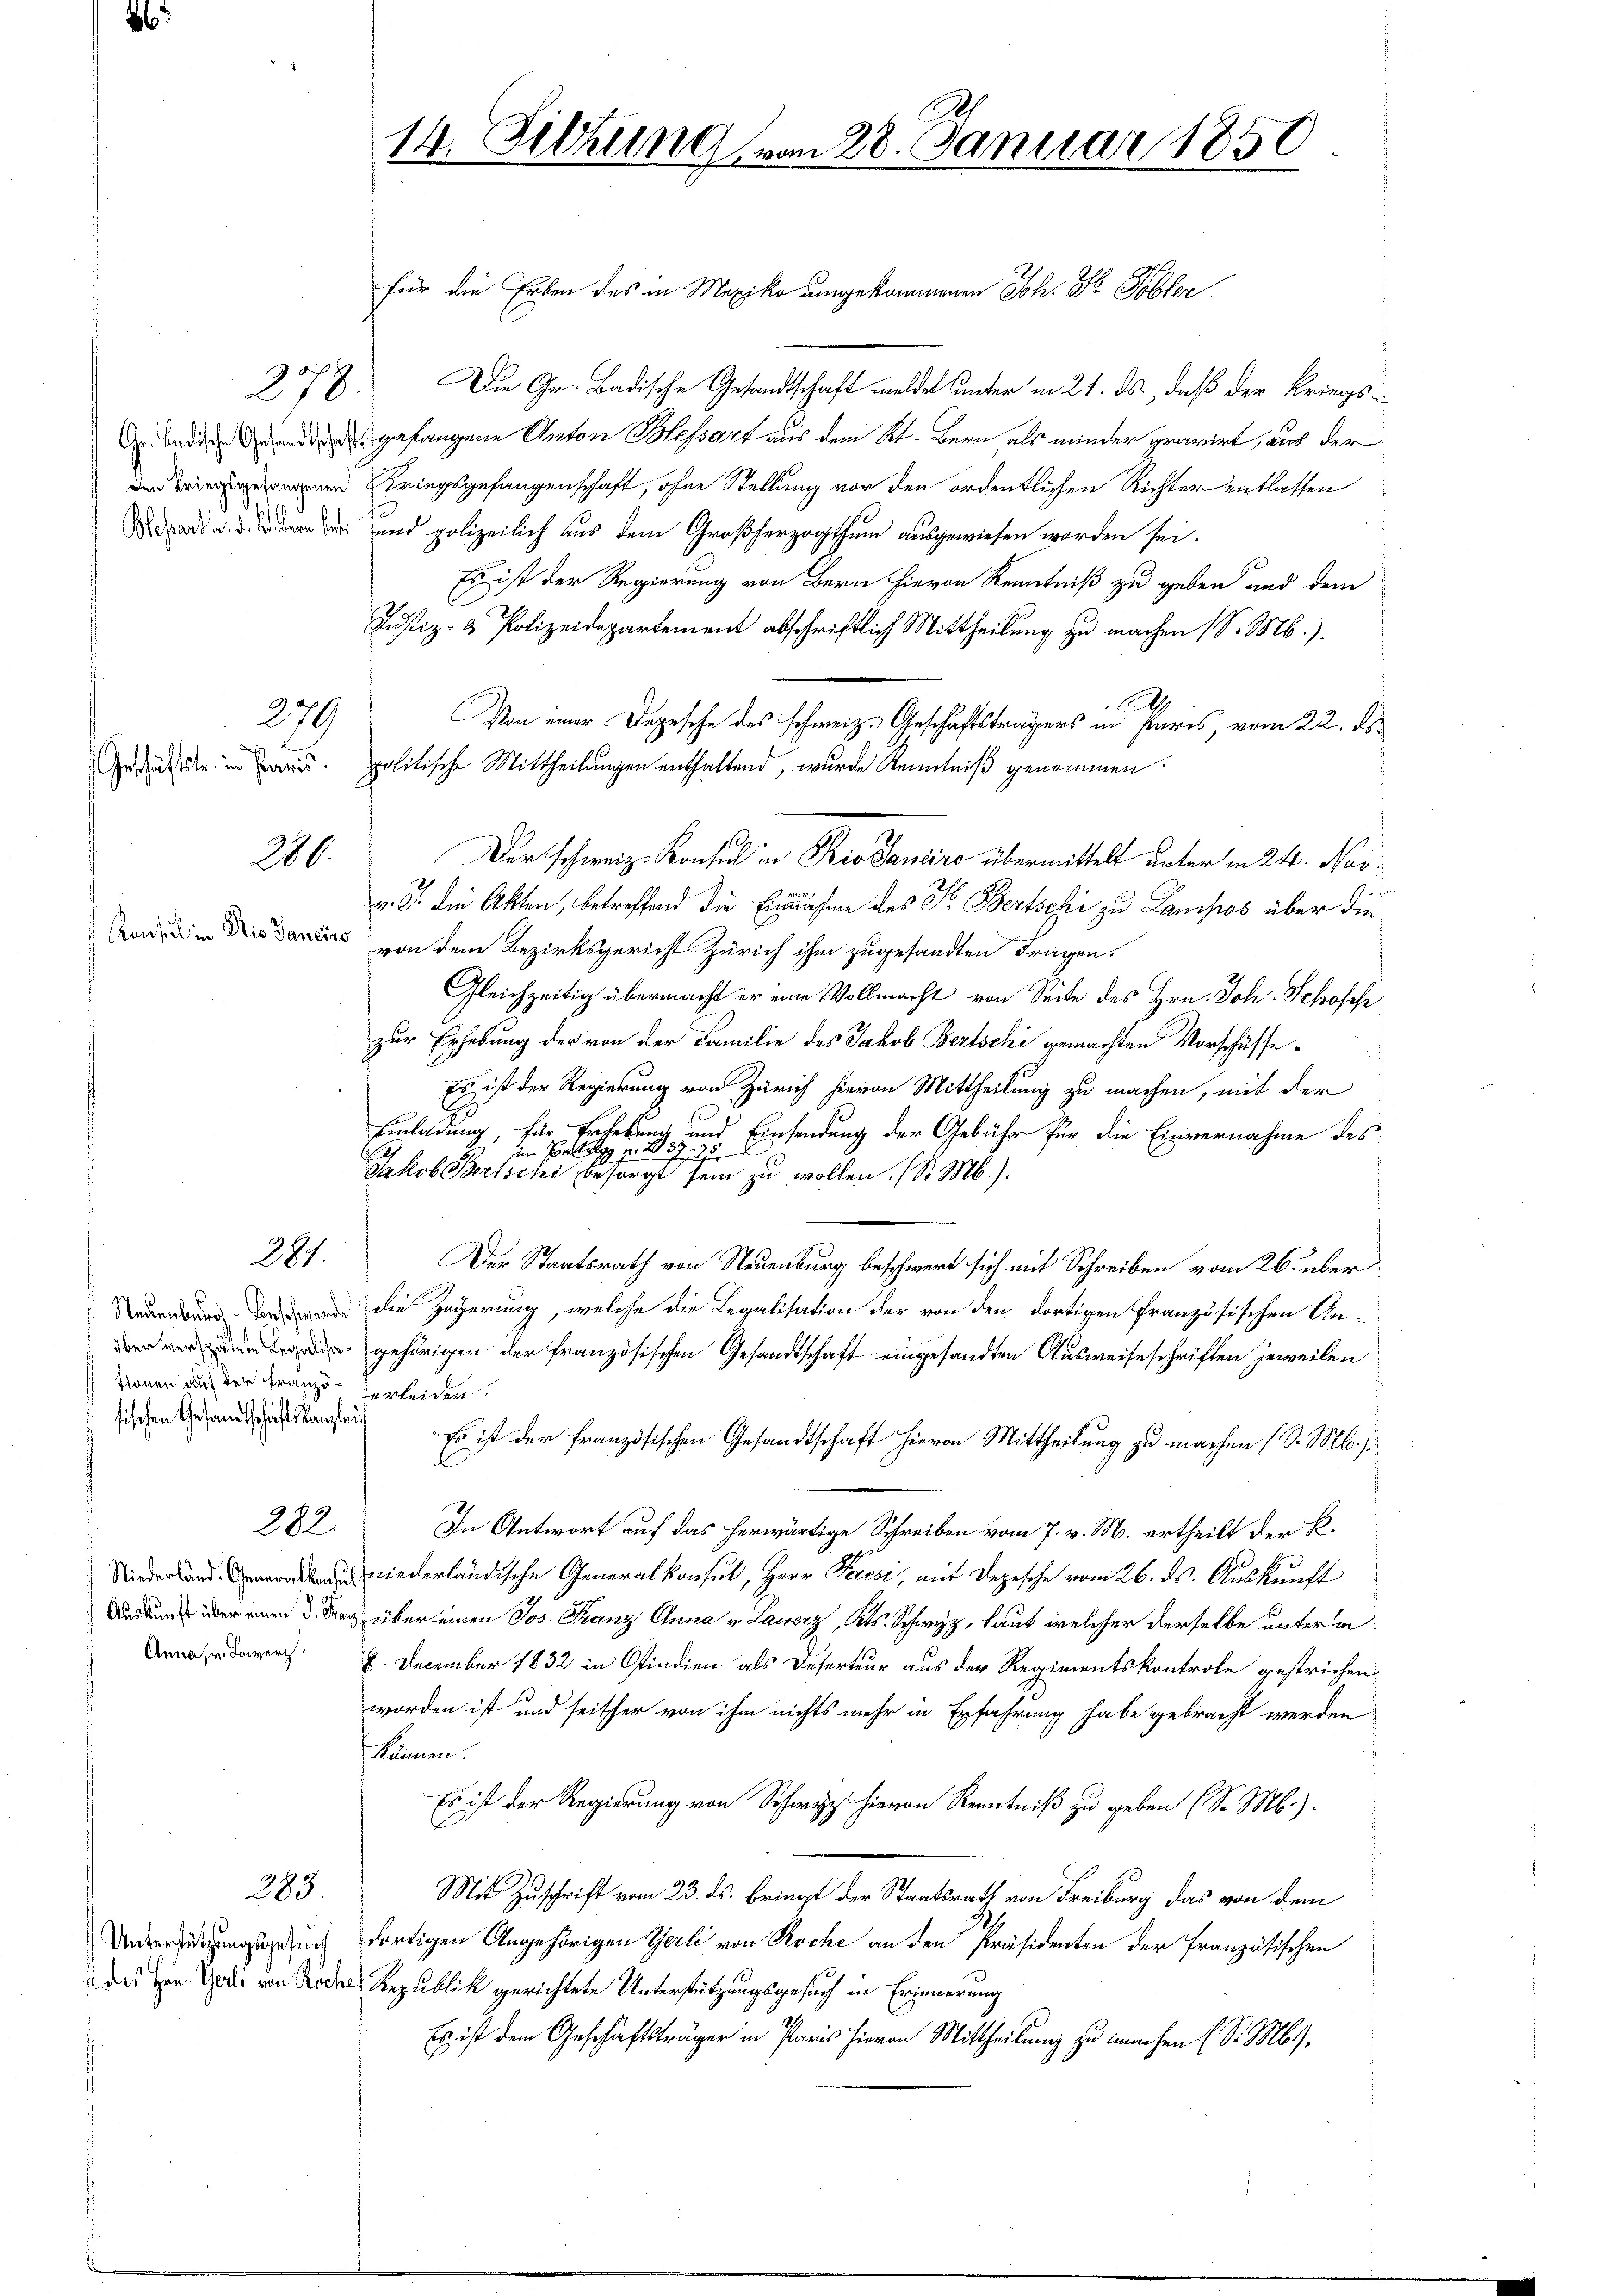
278.

Geschäftete in Paris.

279

280.

Konsul in Die Sanciss

281.

tionen auf der Französischen Gesandtschaftskanzlei

282.

Anna, v. Lowerz

283.

Unterstützungsgesuch
 des Hrn. Theili von Roch

14. Sitzung vom 28. Januar 1850

für die Erben des in Mexiko umgekommenen Joh. Fr. Tobler
Die Gr. Badische Gesandtschaft meldet unter in 21. ds., daß der Kriegs¬
A. beiden ander gefangene Anton Blessart aus dem Kt. Bern als minder gravirt, aus der
n Kriegsgefangenschaft, ohne Stellung vor den ordentlichen Richter entlassen
  und polizeilich aus dem Großherzogthum ausgewiesen worden sei.
Es ist der Regierung von Bern hievon Kenntniß zu geben und dem
Justiz- & Polizeidepartement abschriftlich Mittheilung zu machen (S. M.)
l
Von einer Depesche des schweiz. Geschäftsträgers in Paris, vom 22. ds.
politische Mittheilungen enthaltend, wurde Kenntniß genommen.
Der schweiz. Konsul in Pio Saneiro übermittelt unter in 24. Nov.
3
v. d. die Akten, betreffend die Einnahme des Fr. Bertschi zu Lampos über die
von dem Bezirksgerichts Zürich ihm zugesandten Fragen.
Gleichzeitig übermacht er eine Vollmacht von Seite des Hrn. Joh. Schosehr
zur Erhebung der von der Familie des Jakob Bertschi gemachten Vorschüsse¬
Es ist der Regierung von Zürich hievon Mittheilung zu machen, mit der
Einladung, für Erhebung und Einsendung der Gebühr für die Einvernahme des
.
2
im Platz   277
Jakob Bertschi besorgt sein zu wollen. (S. M.).
Der Staatsrath von Neuenburg beschwert sich mit Schreiben vom 26. über
 die Zögerung, welche die Legalisation der von dem dortigen französischen An-
 gehörigen der französischen Gesandtschaft eingesandten Ausweiseschriften jeweilen
erleiden.
Es ist der Französischen Gesandtschaft hievon Mittheilung zu machen (S. M. h.
In Antwort auf das herwärtige Schreiben vom 7. v. M. ertheilt der K.
 niederländische Generalkonsul, Herr Parisi, mit Depesche vom 26. ds. Auskunft
Aaddu über einen d. Bach über einen Jos. Franz Anna v. Lauerz, Kts. Schwyz, laut welcher derselbe unter in
6. December 1832 in Ostindien als Deserteur aus der Regimentskontrole gestrichen
worden ist und seither von ihm nichts mehr in Erfahrung habe gebracht werden
Kammen
Es ist der Regierung von Schwyz hievon Kenntniß zu geben (S. M.).
Mit Zuschrift vom 23. ds. bringt der Staatsrath von Freiburg das von dem
.
dortigen Angehörigen Gerli von Roche an den Präsidenten der Französischen
 Republik gerichtete Unterstützungsgesuch in Erinnerung
Es ist dem Geschäftsträger in Paris hievon Mittheilung zu machen (S. M.